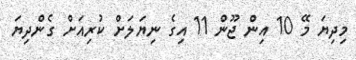
މިދިޔަ މޭ 10 އިން ޖޫން 11 އިގެ ނިޔަލަށް ކުރިއަށް ގެންދިޔަ